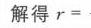
解得 \(r =\)